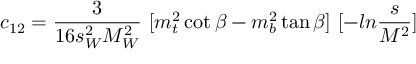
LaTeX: c _ { 1 2 } = { \frac { 3 } { 1 6 s _ { W } ^ { 2 } M _ { W } ^ { 2 } } } ~ [ m _ { t } ^ { 2 } \cot \beta - m _ { b } ^ { 2 } \tan \beta ] ~ [ - l n { \frac { s } { M ^ { 2 } } } ]